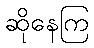
ဆိုနေကြ